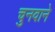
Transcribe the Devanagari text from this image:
चुनवाने